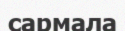
сармала